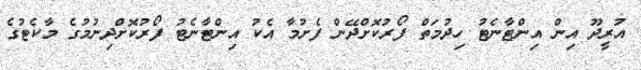
އުރީދޫ އިން އިންޓާނެޓު ހިދުމަތް ފޯރުކޮށްދޭން ފެށުމާ އެކު އިންޓާނެޓު ފޯރުކޮށްދިނުމުގެ މާކެޓުގެ